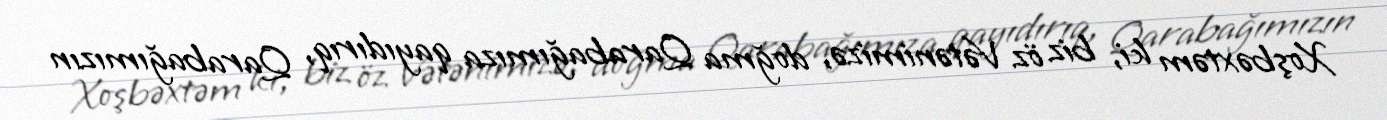
Xoşbəxtəm ki, biz öz Vətənimizə, doğma Qarabağımıza qayıdırıq, Qarabağımızın